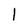
Character: 1